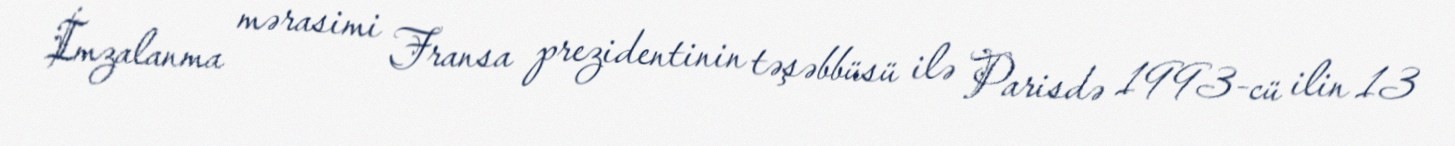
İmzalanma mərasimi Fransa prezidentinin təşəbbüsü ilə Parisdə 1993-cü ilin 13